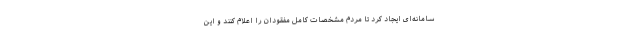
سامانه‌ای ایجاد کرد تا مردم مشخصات کامل مفقودان را اعلام کنند و این